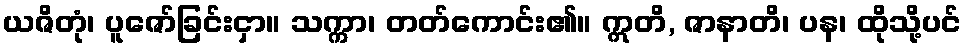
ယဇိတုံ၊ ပူဇော်ခြင်းငှာ။ သက္ကာ၊ တတ်ကောင်း၏။ ဣတိ, ဇာနာတိ၊ ပန၊ ထိုသို့ပင်